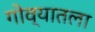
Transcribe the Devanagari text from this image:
गोव्यातला